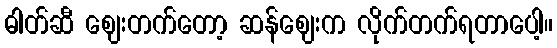
ဓါတ်ဆီ ဈေးတက်တော့ ဆန်ဈေးက လိုက်တက်ရတာပေါ့။